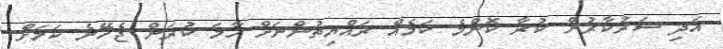
އަދި ސަރުކާރުން ކުރާ ކޮންމެ ކަމެއް ރައްޔިތުންނަށް ހާމަ ކުރަން ޖެހޭނެ ކަމަށް